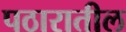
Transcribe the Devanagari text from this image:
पठारातील